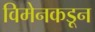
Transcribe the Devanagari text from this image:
विमेनकडून